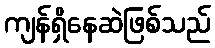
ကျန်ရှိနေဆဲဖြစ်သည်